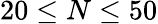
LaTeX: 20\leq N\leq 50